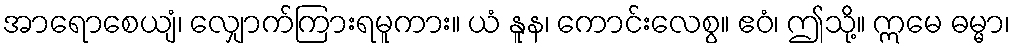
အာရောစေယျံ၊ လျှောက်ကြားရမူကား။ ယံ နူန၊ ကောင်းလေစွ။ ဧဝံ၊ ဤသို့။ ဣမေ ဓမ္မာ၊